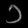
Digit: ၁